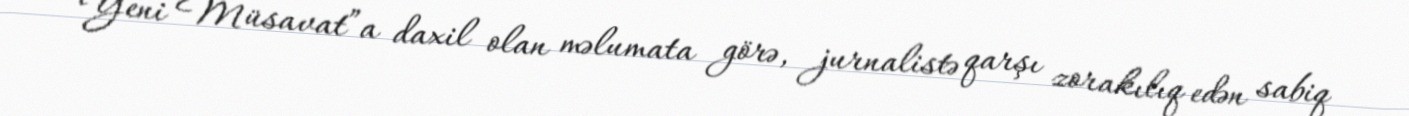
“Yeni Müsavat”a daxil olan məlumata görə, jurnalistə qarşı zorakılıq edən sabiq